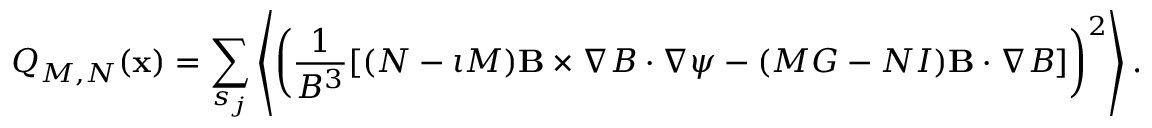
Q _ { M , N } ( \mathbf { x } ) = \sum _ { s _ { j } } \left\langle \left( \frac { 1 } { B ^ { 3 } } [ ( N - \iota M ) \mathbf { B } \times \nabla B \cdot \nabla \psi - ( M G - N I ) \mathbf { B } \cdot \nabla B ] \right) ^ { 2 } \right\rangle .